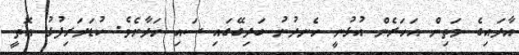
އާދައިގެ މަތިން އަހަރެން އުޅުނީ ހެނދުނު ބަދިގޭގައި ސައި ހަދާށެވެ. ކުޑަދަރިފުޅު އޮތީ